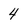
Character: 4